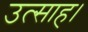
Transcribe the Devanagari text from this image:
उत्‍साह।